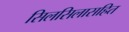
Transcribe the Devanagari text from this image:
सिलसिलासहित